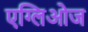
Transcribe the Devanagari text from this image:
एग्लिओज